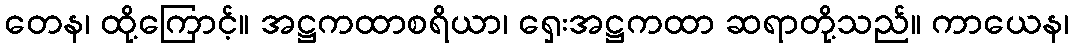
တေန၊ ထို့ကြောင့်။ အဋ္ဌကထာစရိယာ၊ ရှေးအဋ္ဌကထာ ဆရာတို့သည်။ ကာယေန၊